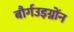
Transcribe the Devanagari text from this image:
बौर्गउइग्नोंन